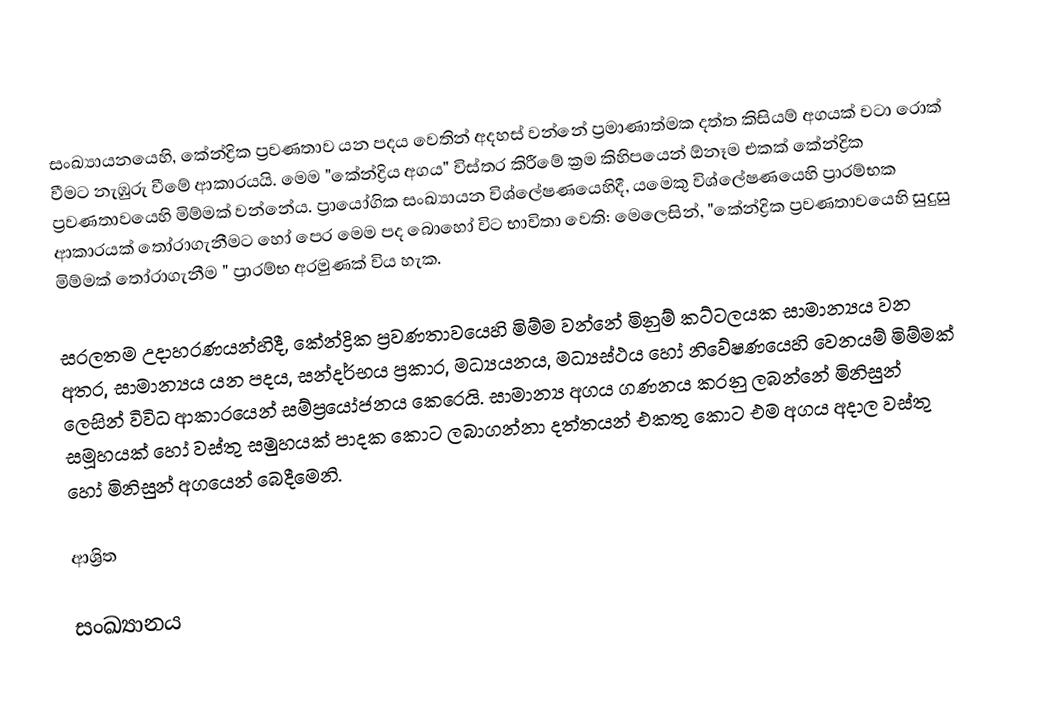
සංඛ්‍යායනයෙහි, කේන්ද්‍රික ප්‍රවණතාව යන පදය වෙතින් අදහස් වන්නේ ප්‍රමාණාත්මක දත්ත කිසියම් අගයක් වටා රොක් වීමට නැඹුරු වීමේ ආකාරයයි. මෙම "කේන්ද්‍රිය අගය" විස්තර කිරීමේ ක්‍රම කිහිපයෙන් ඕනෑම එකක් කේන්ද්‍රික ප්‍රවණතාවයෙහි මිම්මක් වන්නේය. ප්‍රායෝගික සංඛ්‍යායන විශ්ලේෂණයෙහිදී, යමෙකු විශ්ලේෂණයෙහි ප්‍රාරම්භක ආකාරයක් තෝරාගැනීමට හෝ පෙර මෙම පද බොහෝ විට භාවිතා වෙති: මෙලෙසින්, "කේන්ද්‍රික ප්‍රවණතාවයෙහි සුදුසු මිම්මක් තෝරාගැනීම " ප්‍රාරම්භ   අරමුණක් විය හැක.

සරලතම උදාහරණයන්හිදී, කේන්ද්‍රික ප්‍රවණතාවයෙහි මිම්ම වන්නේ මිනුම් කට්ටලයක සාමාන්‍යය වන අතර, සාමාන්‍යය යන පදය, සන්දර්භය ප්‍රකාර, මධ්‍යයනය,  මධ්‍යස්ථය හෝ නිවේෂණයෙහි වෙනයම් මිම්මක් ලෙසින් විවිධ ආකාරයෙන් සම්ප්‍රයෝජනය කෙරෙයි.  සාමාන්‍ය අගය ගණනය කරනු ලබන්නේ මිනිසුන් සමූහයක් හෝ වස්තු සමුහයක් පාදක කොට ලබාගන්නා දත්තයන් එකතු කොට එම අගය අදාල වස්තු හෝ මිනිසුන් අගයෙන් බෙදීමෙනි.

ආශ්‍රිත

සංඛ්‍යානය